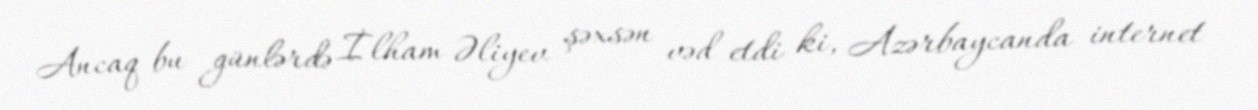
Ancaq bu günlərdə İlham Əliyev şəxsən vəd etdi ki, Azərbaycanda internet